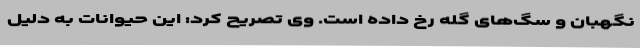
نگهبان و سگ‌های گله رخ داده است. وی تصریح کرد: این حیوانات به دلیل